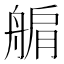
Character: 䑷